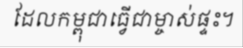
ដែលកម្ពុជាធ្វើជាម្ចាស់ផ្ទះ។